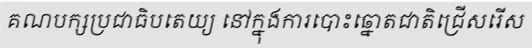
គណបក្សប្រជាធិបតេយ្យ នៅក្នុងការបោះឆ្នោតជាតិជ្រើសរើស